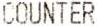
COUNTER